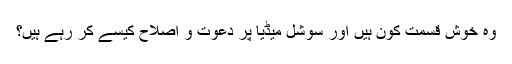
وہ خوش قسمت کون ہیں اور سوشل میڈیا پر دعوت و اصلاح کیسے کر رہے ہیں؟